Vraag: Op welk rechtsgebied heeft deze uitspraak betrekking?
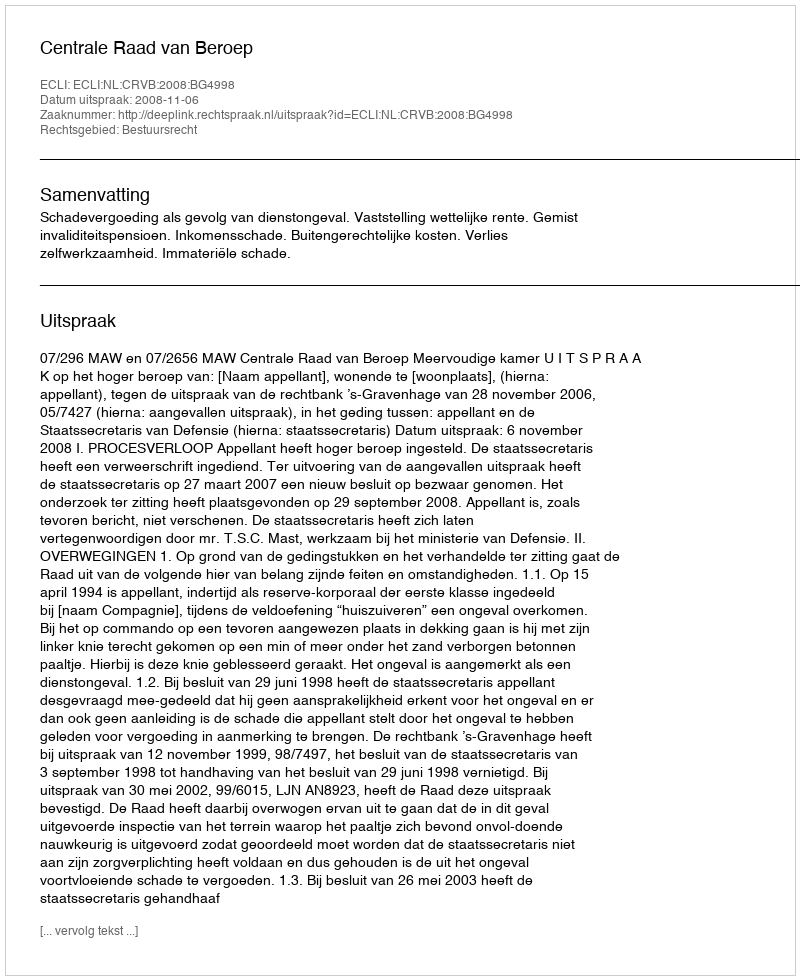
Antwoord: Bestuursrecht